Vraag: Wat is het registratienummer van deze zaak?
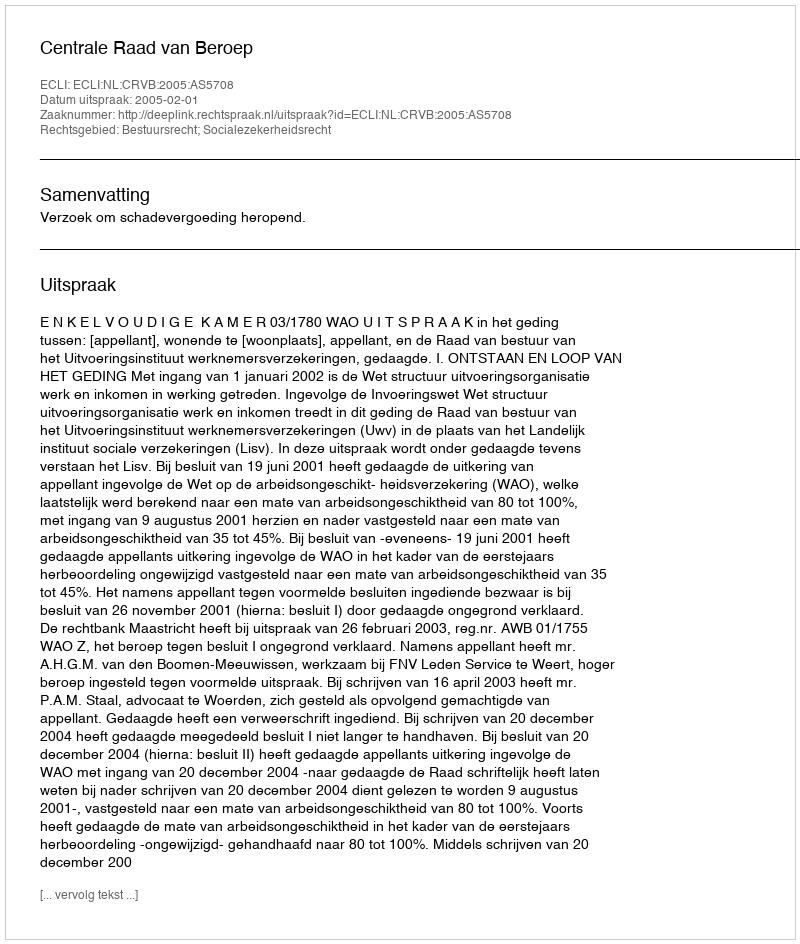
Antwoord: http://deeplink.rechtspraak.nl/uitspraak?id=ECLI:NL:CRVB:2005:AS5708